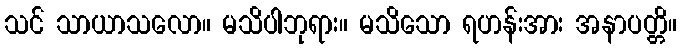
သင် သာယာသလော။ မသိပါဘုရား။ မသိသော ရဟန်းအား အနာပတ္တိ။